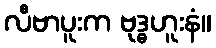
လီဗာပူးက ဗုဒ္ဓဟူးနံ။